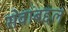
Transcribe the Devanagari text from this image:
सेवांबद्दल